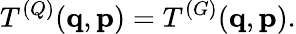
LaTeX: T^{(Q)}({\mathbf q},{\mathbf p})=T^{(G)}({\mathbf q},{\mathbf p}).